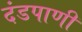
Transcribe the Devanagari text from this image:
दंडपाणी